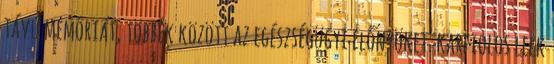
távú memóriát, többek között az egészségügyi előnyöket. karfiolos leek